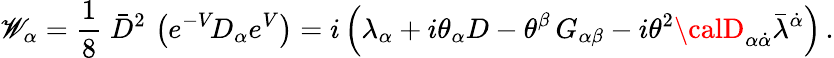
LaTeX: {\mathscr{W}}_{\alpha}=\frac{{1}}{{8}}\; \bar{{D}}^{2}\, \left({e}^{-V}\! D_{\alpha}{e}^{V}\right)=i\left(\lambda_{\alpha}+i\theta_{\alpha}D-\theta^{\beta}\, G_{\alpha\beta}-i\theta^{2}{\calD}_{\alpha\dot{{\alpha}}}\bar{{\lambda}}^{\dot{{\alpha}}}\right)\, .